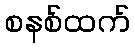
စနစ်ထက်